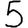
Digit: 5